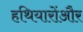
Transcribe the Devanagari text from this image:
हथियारोंऔर